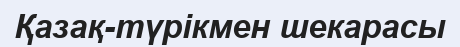
Қазақ-түрікмен шекарасы